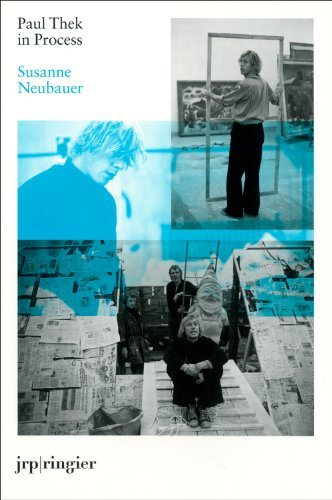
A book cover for Paul Thek in Process; Susanne Neubauer; Arts & Photography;